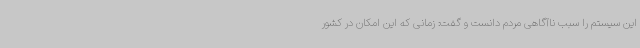
این سیستم را سبب ناآگاهی مردم دانست و گفت: زمانی که این امکان در کشور